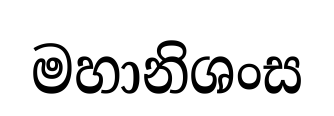
මහානිශංස